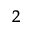
^ 2